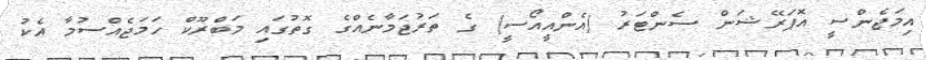
އިމަޖެންސީ އޮޕަރޭޝަން ސެންޓަރު (އެންއީއޯސީ) ގެ ތަރުޖަމާނެއްގެ ގޮތުގައި މަބްރޫކް ހަމަޖެއްސުމާ އެކު